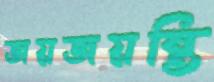
জয়জয়ন্তি